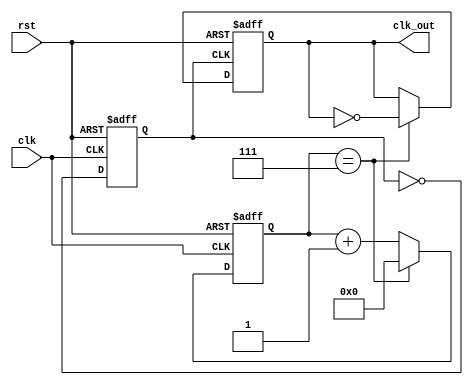
module frequency_synthesizer_clock_divider (
    input clk,
    input rst,
    output reg clk_out
);

// Timing control block
reg [3:0] counter;
parameter DIVIDER_VALUE = 8;

always @(posedge clk or posedge rst) begin
    if (rst) begin
        counter <= 4'b0000;
    end else begin
        if (counter == DIVIDER_VALUE - 1) begin
            counter <= 4'b0000;
        end else begin
            counter <= counter + 4'b0001;
        end
    end
end

// Synchronization block
reg sync_clk;

always @(posedge clk or posedge rst) begin
    if (rst) begin
        sync_clk <= 1'b0;
    end else begin
        sync_clk <= ~sync_clk;
    end
end

always @(posedge sync_clk or posedge rst) begin
    if (rst) begin
        clk_out <= 1'b0;
    end else begin
        if (counter == DIVIDER_VALUE - 1) begin
            clk_out <= ~clk_out;
        end
    end
end

endmodule